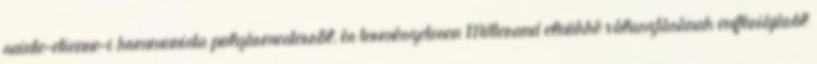
sainte-etienne-i kommunista polgármesterről, és természetesen Mitterand elnökké választásának eufóriájáról